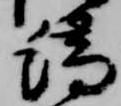
端